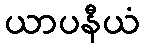
ယာပနီယံ